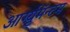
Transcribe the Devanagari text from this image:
आर्ग्युमॅन्टम